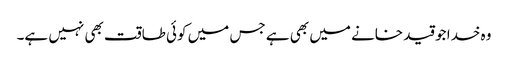
وہ خدا جو قید خانے میں بھی ہے جس میں کوئی طاقت بھی نہیں ہے۔